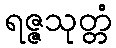
ရဇ္ဇသုတ္တံ